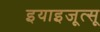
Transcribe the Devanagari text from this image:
इयाइजूत्सू